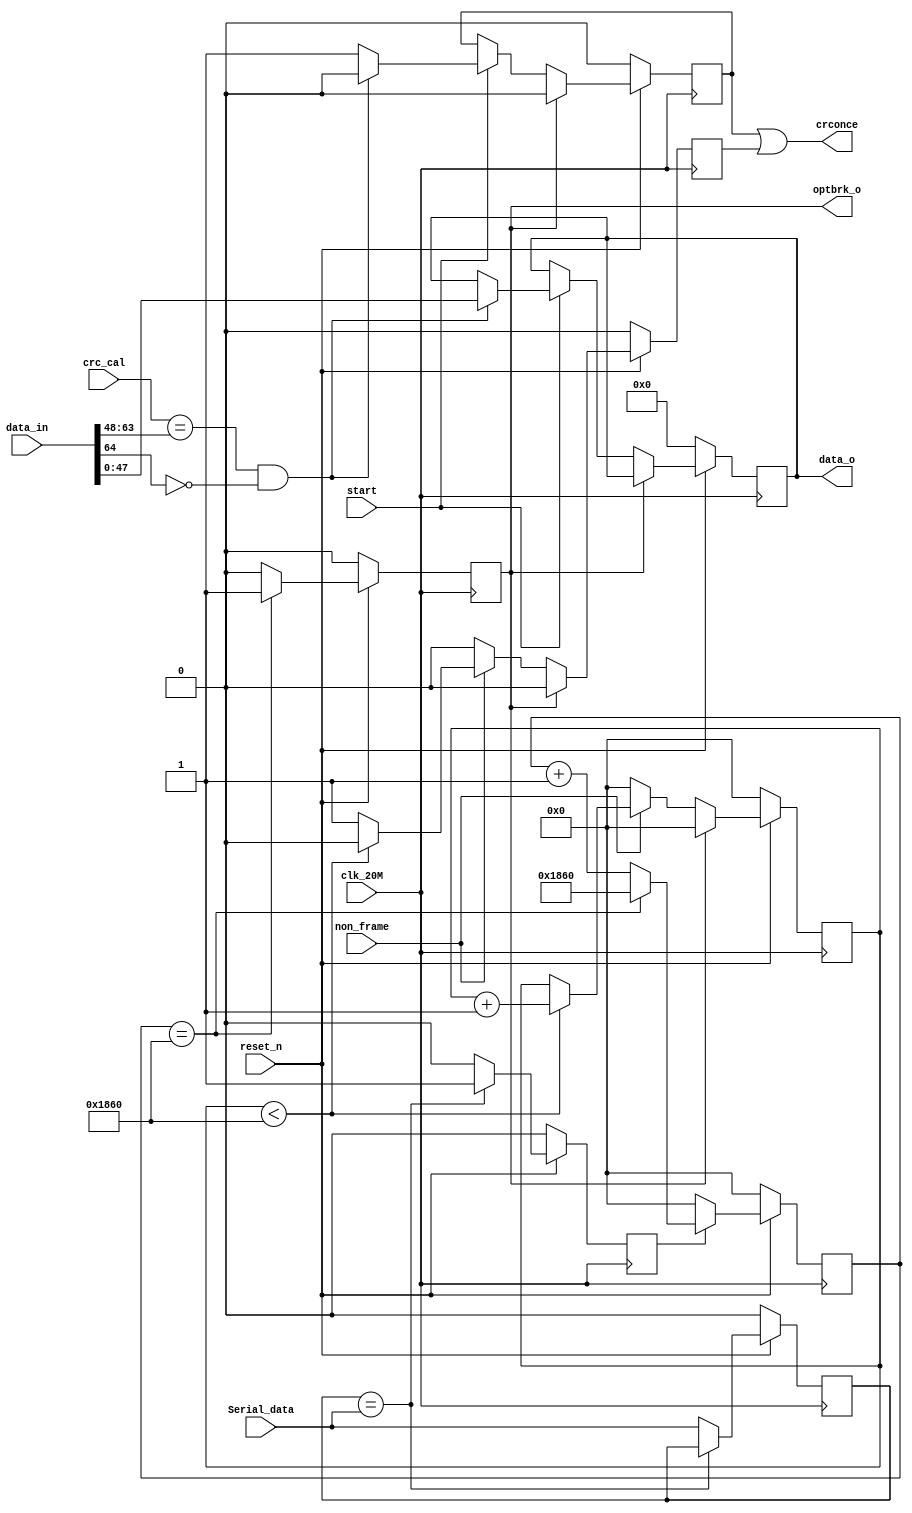
module Comm_Dy(
					input	clk_20M,
					input	reset_n,
					input	[data_num:0]data_in,
					input [15:0]crc_cal,
					input start,
					input Serial_data,
					output reg [data_num-17:0]data_o,
					output reg optbrk_o,
					output crconce,
					input non_frame
);

parameter data_num = 64;
parameter optbrk_time = 6240; //2*156usж

reg [15:0] cnt1;
reg [15:0] cnt2;
reg  brk_mid;
reg  data_mid;
reg  crconce_o;
//reg [data_num-17:0] data_o;
reg crconce_1;
reg crc_frame;
assign crconce = crconce_o | crc_frame;

//always @ (posedge clk_20M)
//begin 
//	if(!reset_n) begin
////		xint_1    <= 1'b0;
//		crconce_1 <= 1'b0;
//		data_1	 <= 0;
//	  end
//	else begin
////		xint_1    <= xint_o;
//		crconce_1 <= crconce_o;
//		data_1	 <= data_o;
//	  end
//end

always @ (posedge clk_20M)
begin
   if(!reset_n) begin
	   cnt2 <= 16'd0;
		crc_frame<= 1'b0;
	end
	else if(optbrk_o)begin
	   cnt2 <= 16'd0;
		crc_frame<= 1'b0;
	  end	
	else if(non_frame)begin
	   if(cnt2 <optbrk_time)begin//֡2
		   cnt2 <= cnt2 + 16'd1;
			crc_frame<= 1'b0;
		end
		else begin
		  	cnt2 <= cnt2;
			crc_frame<= 1'b1;
		end
	end
	else begin
		cnt2 <= 16'd0;
		crc_frame<= 1'b0;
	end
end


//ж2У־
always @ (posedge clk_20M)
begin
	if(!reset_n) begin
		crconce_o	<= 1'b0;
//		xint_o		<= 1'b0;
		data_o	   <= 0;
	  end
	else if(optbrk_o)begin
		crconce_o <= 1'b0;	
	end
	else if (start) begin
//		xint_o		<= 1'b1;
      if((crc_cal == data_in[data_num-1:data_num-16]) && (data_in[data_num]==1'b0)) begin
			crconce_o <= 1'b0;
			data_o	 <= data_in[data_num-17:0];
		  end
		else begin//1У
			crconce_o <= 1'b1;
			data_o	 <= data_o;
		  end
	  end 
	else begin
		crconce_o <= crconce_o;
//		xint_o	 <= 1'b0;
		data_o	 <= data_o;
	  end
end

//ж
always @ (posedge clk_20M)
begin
	if(!reset_n) begin
		brk_mid	<= 1'b0;
		data_mid	<= 1'b0;
	  end
	else if(data_mid == Serial_data) brk_mid	<= 1'b1;
	else begin
		brk_mid	<= 1'b0;
		data_mid	<= Serial_data;
	  end
end

always @ (posedge clk_20M)
begin
	if(!reset_n) optbrk_o <= 1'b0;
	else if (cnt1 == optbrk_time) optbrk_o	<= 1'b1;
	else optbrk_o <= 1'b0;
end

always @ (posedge clk_20M)
begin
	if(!reset_n) cnt1 <= 16'h0;
	else if(brk_mid) begin
		if(cnt1 == optbrk_time) cnt1 <= optbrk_time;
		else cnt1 <= cnt1+16'b1;
	  end
	else cnt1 <= 16'h0;
end



endmodule